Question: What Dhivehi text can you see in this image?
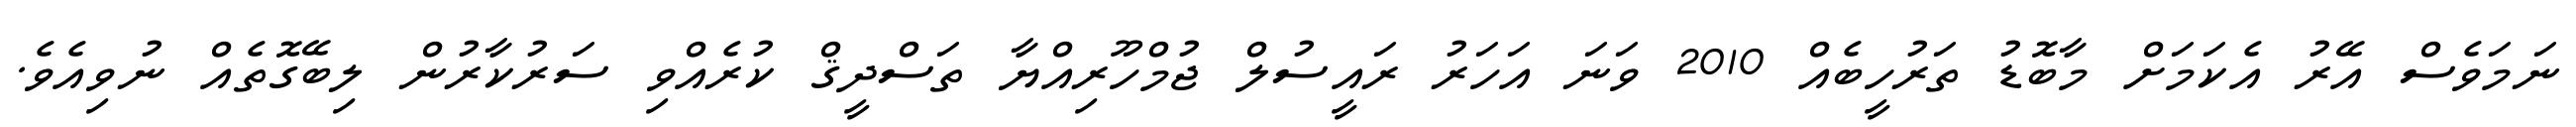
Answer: ނަމަވެސް އޭރު އެކަމަށް މާބޮޑު ތަރުހީބެއް 2010 ވަނަ އަހަރު ރައީސުލް ޖުމްހޫރިއްޔާ ތަސްދީޤް ކުރެއްވި ސަރުކާރުން ލިބޭގޮތެއް ނުވިއެވެ.